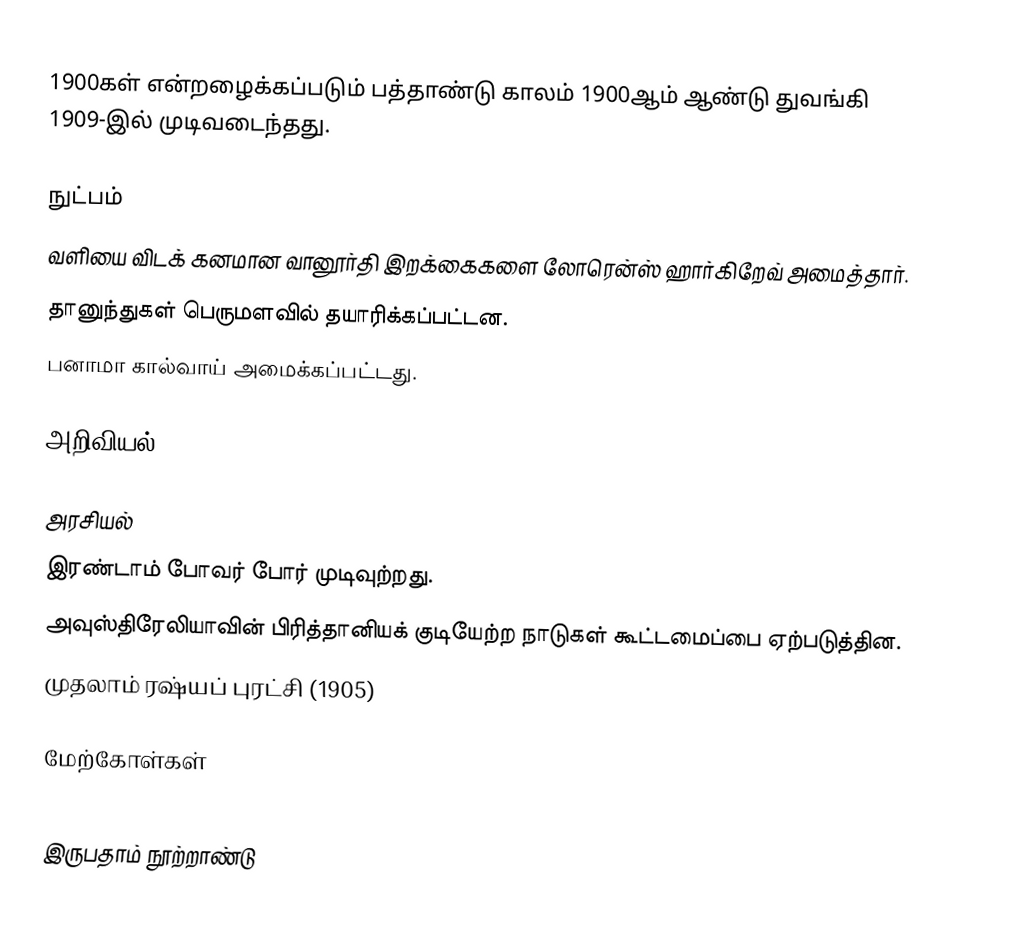
1900கள் என்றழைக்கப்படும் பத்தாண்டு காலம் 1900ஆம் ஆண்டு துவங்கி 1909-இல் முடிவடைந்தது.

நுட்பம்
 வளியை விடக் கனமான வானூர்தி இறக்கைகளை லோரென்ஸ் ஹார்கிறேவ் அமைத்தார்.
 தானுந்துகள் பெருமளவில் தயாரிக்கப்பட்டன.
 பனாமா கால்வாய் அமைக்கப்பட்டது.

அறிவியல்

அரசியல்
 இரண்டாம் போவர் போர் முடிவுற்றது.
 அவுஸ்திரேலியாவின் பிரித்தானியக் குடியேற்ற நாடுகள் கூட்டமைப்பை ஏற்படுத்தின.
 முதலாம் ரஷ்யப் புரட்சி (1905)

மேற்கோள்கள்

இருபதாம் நூற்றாண்டு